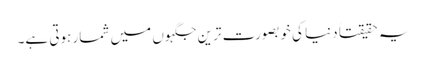
یہ حقیقتاً دنیا کی خوبصورت ترین جگہوں میں شمار ہوتی ہے۔